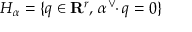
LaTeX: H _ { \alpha } = \{ q \in \mathbf { R } ^ { r } , \, \alpha ^ { \vee } \! \! \cdot q = 0 \}